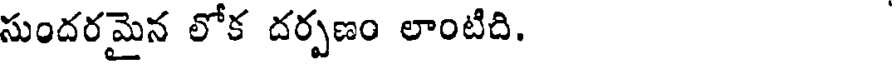
సుందరమైన లోక దర్పణం లాంటిది.